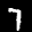
Label: 7